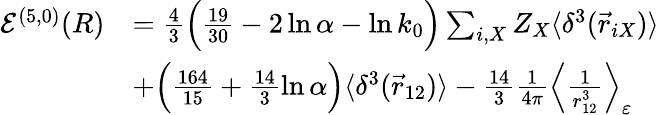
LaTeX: \begin{array}{rl}{{\cal{E}}^{(5,0)}(R)}&{=\frac{4}{3}\Big(\frac{19}{30}-2\ln\alpha-\ln k_{0}\Big)\sum_{i,X}Z_{X}\langle\delta^{3}(\vec{r}_{iX})\rangle}\\ &{+\Big(\frac{164}{15}+\frac{14}{3}\ln\alpha\Big)\langle\delta^{3}(\vec{r}_{12})\rangle-\frac{14}{3}\frac{1}{4\pi}\Big\langle\frac{1}{r_{12}^{3}}\Big\rangle_{\varepsilon}}\end{array}